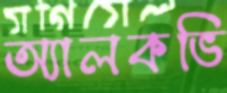
অ্যালকভি